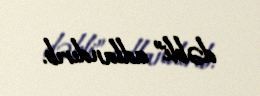
dəbli” adlandırıb.